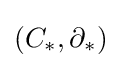
(C_{*},\partial _{*})